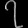
Digit: ၇